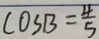
\cos B = \frac { 4 } { 5 }